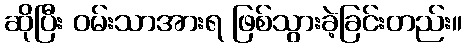
ဆိုပြီး ဝမ်းသာအားရ ဖြစ်သွားခဲ့ခြင်းတည်း။